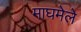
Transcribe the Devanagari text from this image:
माघमेले